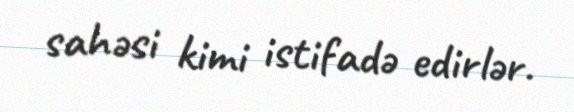
sahəsi kimi istifadə edirlər.